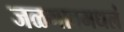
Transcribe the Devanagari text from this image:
जळगावमधलं